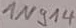
Text: 1N814